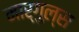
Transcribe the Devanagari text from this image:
मार्गुल्स